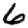
Digit: 6